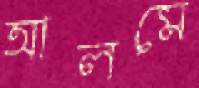
আলমে